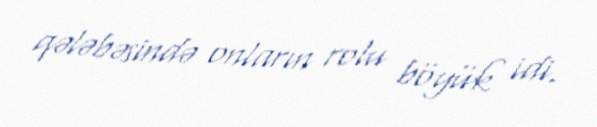
qələbəsində onların rolu böyük idi.